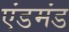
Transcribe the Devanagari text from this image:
एंडमंड